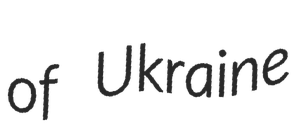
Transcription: of Ukraine